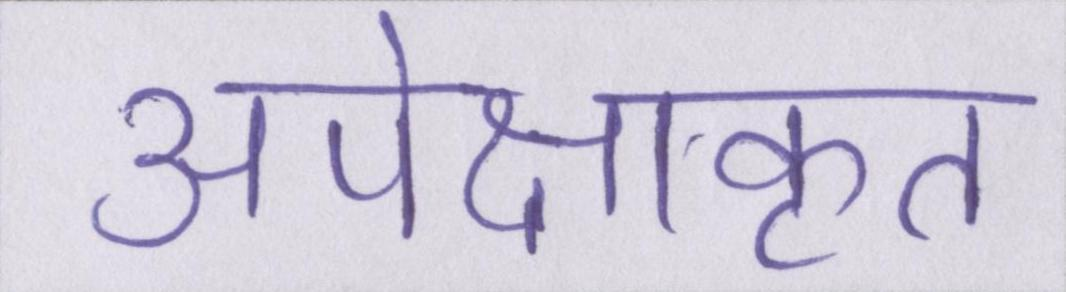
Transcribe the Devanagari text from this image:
अपेक्षाकृत